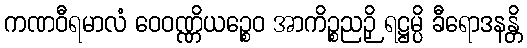
ကဏဝီရမာလံ ဝေဝဏ္ဏိယဉ္စေဝ အာကိဉ္စညဉှိ ရဋ္ဌမ္ပိ ခီရောဒနန္တိ